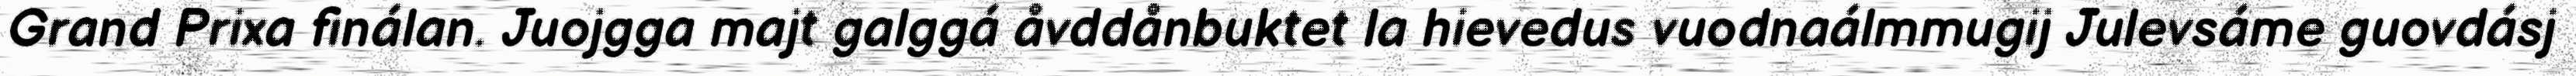
Grand Prixa finálan. Juojgga majt galggá åvddånbuktet la hievedus vuodnaálmmugij Julevsáme guovdásj